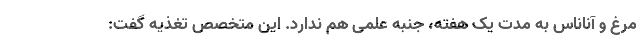
مرغ و آناناس به مدت یک هفته، جنبه علمی هم ندارد. این متخصص تغذیه گفت: